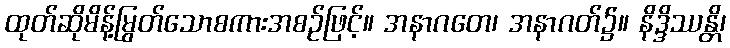
ထုတ်ဆိုမိန့်မြွတ်သောစကားအစဉ်ဖြင့်။ အနာဂတေ၊ အနာဂတ်၌။ နိဒ္ဒိဿန္တိ၊